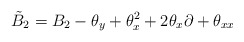
\begin{align*}\tilde B_2= B_2 -{\theta}_y +{\theta}_x^2 +2{\theta}_x \partial+{\theta}_{xx}\end{align*}